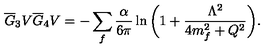
\overline { G } _ { 3 } V \overline { G } _ { 4 } V = - \sum _ { f } { \frac { \alpha } { 6 \pi } } \ln { \bigg ( 1 + { \frac { \Lambda ^ { 2 } } { 4 m _ { f } ^ { 2 } + Q ^ { 2 } } } \bigg ) } .